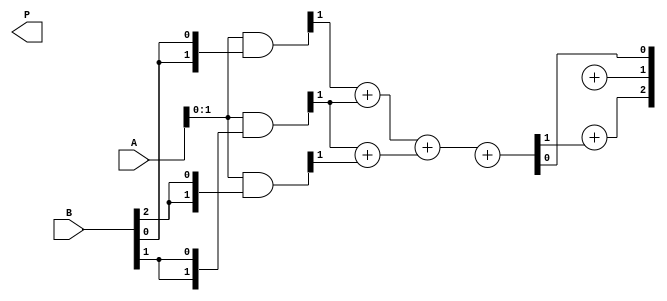
module WallaceTreeMultiplier #(parameter n = 4) (
    input [n-1:0] A,
    input [n-1:0] B,
    output [2*n-1:0] P
);

// Generate partial products
wire [n-1:0] pp [0:n-1]; // Partial Products

generate
    genvar i, j;
    for (i = 0; i < n; i = i + 1) begin: PARTIAL_PRODUCTS
        assign pp[i] = A & {n{B[i]}};
    end
endgenerate

// Reduction tree stage
wire [n-1:0] sum [0:n-2]; // Sum of partial products
wire [n-1:0] carry [0:n-2]; // Carry bits
wire [n-1:0] temp [0:n-1]; // Temporary signals for reduction

// Initialize the first row of sums
generate
    for (j = 0; j < n; j = j + 1) begin: INITIAL_SUMS
        assign temp[0][j] = pp[j][0]; // First column
    end
endgenerate

// Wallace tree reduction
generate
    for (i = 1; i < n; i = i + 1) begin: REDUCTION_STAGE
        for (j = 0; j < n - i && j < 2*i; j = j + 1) begin: SUM_CARRY
            if (i == 1) begin
                // First row reduction using half and full adders
                if (j < n-1) begin
                    assign {carry[i-1][j+1], sum[i-1][j]} = pp[j][i] + pp[j+1][i];
                end else begin
                    assign sum[i-1][j] = pp[j][i];
                end
            end else begin
                // General case for further levels
                if (j < n - i - 1) begin
                    assign {carry[i-1][j+1], sum[i-1][j]} = sum[i-2][j] + sum[i-2][j+1] + carry[i-2][j];
                end else begin
                    assign sum[i-1][j] = sum[i-2][j];
                end
            end
        end
    end
endgenerate

// Final summation using a simple adder
wire [2*n-1:0] final_sum;

assign final_sum[0] = sum[n-2][0];

generate
    for (j = 1; j < 2*n; j = j + 1) begin: FINAL_ADDITION
        if (j < n - 1) begin
            assign final_sum[j] = sum[n-2][j] + carry[n-3][j-1];
        end else begin
            assign final_sum[j] = carry[n-3][j-1];
        end
    end
endgenerate

assign P = final_sum;

endmodule